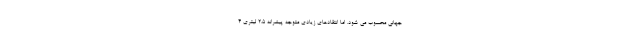
جهانی محسوب می شود. اما انتقادهای زیادی متوجه پیشرانه 2.5 لیتری 4